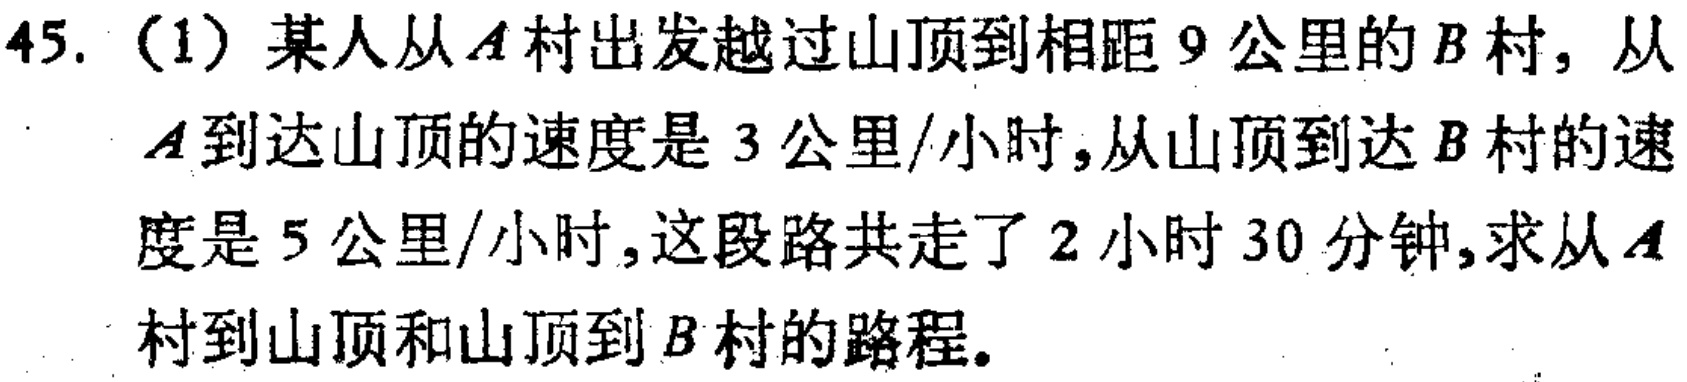
45.（1）某人从\(A\)村出发越过山顶到相距\(9\)公里的\(B\)村，从\(A\)到达山顶的速度是\(3\)公里/小时，从山顶到达\(B\)村的速度是\(5\)公里/小时，这段路共走了\(2\)小时\(30\)分钟，求从\(A\)村到山顶和山顶到\(B\)村的路程。